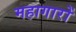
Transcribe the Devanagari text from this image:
महागारों